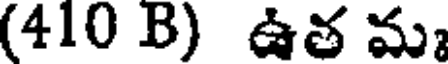
(410 B) ఉత మ